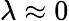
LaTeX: \lambda\approx 0